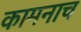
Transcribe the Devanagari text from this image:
कामनाच